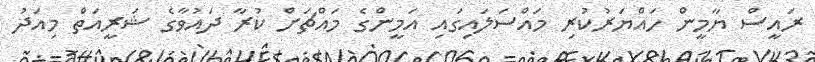
ރައީސް ޔާމީން ހައްޔަރުކުރި މައްސަލައިގައި އަމީންގެ މައްޗަށް ކުރާ ދައުވާގެ ޝަރީއަތް މިއަދު